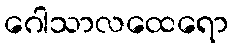
ဂေါသာလထေရော